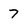
Character: 7